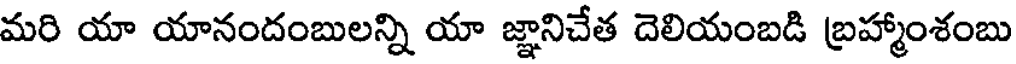
మరి యా యానందంబులన్ని యా జ్ఞానిచేత దెలియంబడి బ్రహ్మాంశంబు